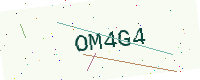
Text: OM4G4